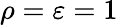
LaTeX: \rho=\varepsilon=1